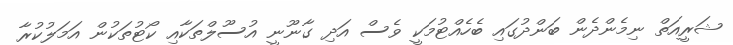
ޝަރީއަތް ނިމެންދެން ބަންދުގައި ބެހެއްްޓުމަކީ ވެސް އަދި ގާނޫނީ އުސޫލްތަކާއި ކޯޓުތަކުން އަމަލުކުރާ